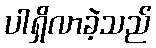
ပါရှိလာခဲ့သည်